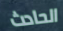
الحادث